Annual report on the working of the lock hospitals in the North-Western Provinces and Oudh
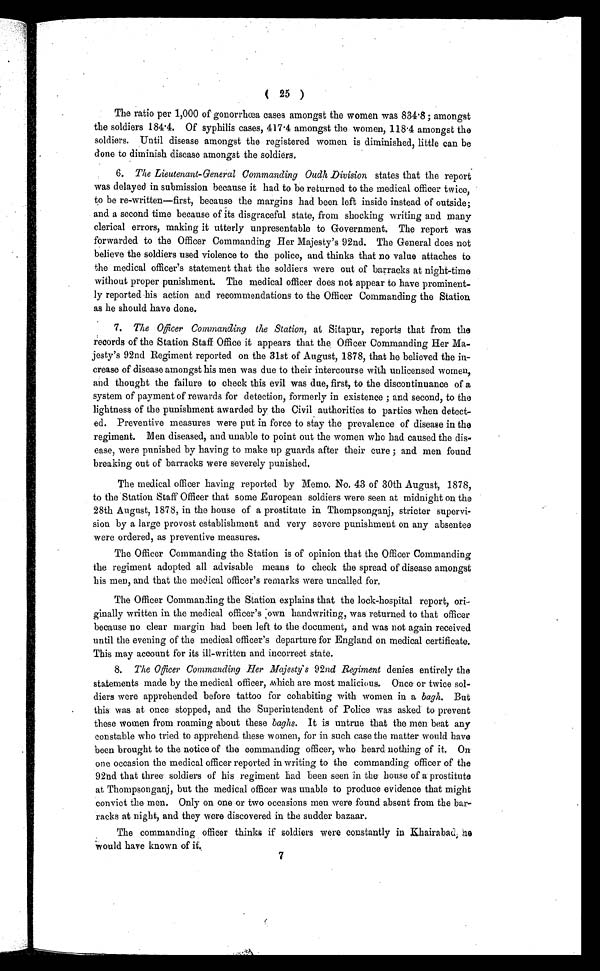
( 25 )
The ratio per 1,000 of gonorrhœa cases amongst the women was 834.8 ; amongst
the soldiers 184.4. Of syphilis cases, 417.4 amongst the women, 118.4 amongst the
soldiers. Until disease amongst the registered women is diminished, little can be
done to diminish disease amongst the soldiers.
6. The Lieutenant-General Commanding Oudh Division states that the report
was delayed in submission because it had to be returned to the medical officer twice,
to be re-written—first, because the margins had been left inside instead of outside;
and a second time because of its disgraceful state, from shocking writing and many
clerical errors, making it utterly unpresentable to Government. The report was
forwarded to the Officer Commanding Her Majesty's 92nd. The General does not
believe the soldiers used violence to the police, and thinks that no value attaches to
the medical officer's statement that the soldiers were out of barracks at night-time
without proper punishment. The medical officer does not appear to have prominent-
ly reported his action and recommendations to the Officer Commanding the Station
as he should have done.
7. The Officer Commanding the Station, at Sitapur, reports that from the
records of the Station Staff Office it appears that the Officer Commanding Her Ma-
jesty's 92nd Regiment reported on the 31st of August, 1878, that he believed the in-
crease of disease amongst his men was due to their intercourse with unlicensed women,
and thought the failure to check this evil was due, first, to the discontinuance of a
system of payment of rewards for detection, formerly in existence ; and second, to the
lightness of the punishment awarded by the Civil authorities to parties when detect-
ed. Preventive measures were put in force to stay the prevalence of disease in the
regiment. Men diseased, and unable to point out the women who had caused the dis-
ease, were punished by having to make up guards after their cure ; and men found
breaking out of barracks were severely punished.
The medical officer having reported by Memo. No. 43 of 30th August, 1878,
to the Station Staff Officer that some European soldiers were seen at midnight on the
28th August, 1878, in the house of a prostitute in Thompsonganj, stricter supervi-
sion by a large provost establishment and very severe punishment on any absentee
were ordered, as preventive measures.
The Officer Commanding the Station is of opinion that the Officer Commanding
the regiment adopted all advisable means to check the spread of disease amongst
his men, and that the medical officer's remarks were uncalled for.
The Officer Commanding the Station explains that the lock-hospital report, ori-
ginally written in the medical officer's own handwriting, was returned to that officer
because no clear margin had been left to the document, and was not again received
until the evening of the medical officer's departure for England on medical certificate.
This may account for its ill-written and incorrect state.
8. The Officer Commanding Her Majesty's 92nd Regiment denies entirely the
statements made by the medical officer, which are most malicious. Once or twice sol-
diers were apprehended before tattoo for cohabiting with women in a bagh. But
this was at once stopped, and the Superintendent of Police was asked to prevent
these women from roaming about these baghs. It is untrue that the men beat any
constable who tried to apprehend these women, for in such case the matter would have
been brought to the notice of the commanding officer, who heard nothing of it. On
one occasion the medical officer reported in writing to the commanding officer of the
92nd that three soldiers of his regiment had been seen in the house of a prostitute
at Thompsonganj, but the medical officer was unable to produce evidence that might
convict the men. Only on one or two occasions men were found absent from the bar-
racks at night, and they were discovered in the sudder bazaar.
The commanding officer thinks if soldiers were constantly in Khairabad;
he would have known of it.
7